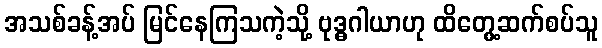
အသစ်ခန့်အပ် မြင်နေကြသကဲ့သို့ ဗုဒ္ဓဂါယာဟု ထိတွေ့ဆက်စပ်သူ